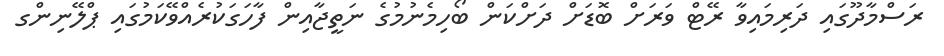
ރަސްމާދޫގައި ދަރިމައިވާ ރޭޓް ވަރަށް ބޮޑަށް ދަށްކަން ބޯހިމެނުމުގެ ނަތީޖާއިން ފާހަގަކުރެއްވޭކަމުގައި ޕްލޭނިންގ